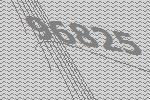
96825